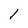
Character: 1